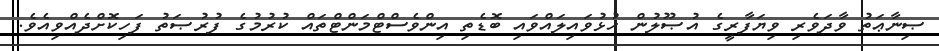
ޞިނާޢަތު ވާދަވެރި ވިޔަފާރީގެ އުޞޫލުން ހުޅުވައިލައްވައި ބޮޑެތި އިންވެސްޓްމަންޓްތައް ކުރުމުގެ ފުރުޞަތު ފަހިކޮށްދެއްވިއެވެ.